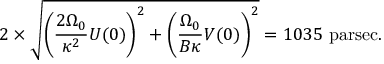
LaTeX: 2 \times { \sqrt { \left( { \frac { 2 \Omega _ { 0 } } { \kappa ^ { 2 } } } U ( 0 ) \right) ^ { 2 } + \left( { \frac { \Omega _ { 0 } } { B \kappa } } V ( 0 ) \right) ^ { 2 } } } = 1 0 3 5 { \mathrm { ~ p a r s e c } } .